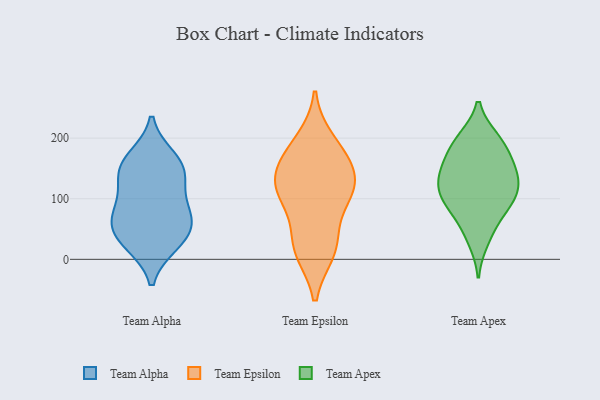
{"axis": {"x": "Inventory Turnover", "y": "Value"}, "legend": ["Team Alpha", "Team Apex", "Team Epsilon"], "data": [{"x": "", "y": 26, "type": "Team Alpha"}, {"x": "", "y": 105, "type": "Team Alpha"}, {"x": "", "y": 79, "type": "Team Alpha"}, {"x": "", "y": 157, "type": "Team Alpha"}, {"x": "", "y": 46, "type": "Team Alpha"}, {"x": "", "y": 28, "type": "Team Alpha"}, {"x": "", "y": 167, "type": "Team Alpha"}, {"x": "", "y": 144, "type": "Team Alpha"}, {"x": "", "y": 66, "type": "Team Alpha"}, {"x": "", "y": 65, "type": "Team Alpha"}, {"x": "", "y": 140, "type": "Team Alpha"}, {"x": "", "y": 171, "type": "Team Epsilon"}, {"x": "", "y": 140, "type": "Team Epsilon"}, {"x": "", "y": 14, "type": "Team Epsilon"}, {"x": "", "y": 116, "type": "Team Epsilon"}, {"x": "", "y": 18, "type": "Team Epsilon"}, {"x": "", "y": 109, "type": "Team Epsilon"}, {"x": "", "y": 195, "type": "Team Epsilon"}, {"x": "", "y": 121, "type": "Team Epsilon"}, {"x": "", "y": 99, "type": "Team Epsilon"}, {"x": "", "y": 164, "type": "Team Epsilon"}, {"x": "", "y": 31, "type": "Team Epsilon"}, {"x": "", "y": 199, "type": "Team Apex"}, {"x": "", "y": 120, "type": "Team Apex"}, {"x": "", "y": 115, "type": "Team Apex"}, {"x": "", "y": 172, "type": "Team Apex"}, {"x": "", "y": 138, "type": "Team Apex"}, {"x": "", "y": 91, "type": "Team Apex"}, {"x": "", "y": 155, "type": "Team Apex"}, {"x": "", "y": 52, "type": "Team Apex"}, {"x": "", "y": 86, "type": "Team Apex"}, {"x": "", "y": 92, "type": "Team Apex"}, {"x": "", "y": 191, "type": "Team Apex"}, {"x": "", "y": 198, "type": "Team Apex"}, {"x": "", "y": 148, "type": "Team Apex"}, {"x": "", "y": 108, "type": "Team Apex"}, {"x": "", "y": 31, "type": "Team Apex"}, {"x": "", "y": 139, "type": "Team Apex"}]}